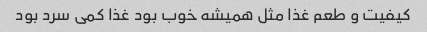
کیفیت و طعم غذا مثل همیشه خوب بود غذا کمی سرد بود